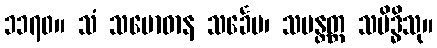
၁၁၇၀။ သံ သမောဓာန သင်္ခေပ၊ သမန္တတ္တ သမိဒ္ဓိသု။